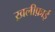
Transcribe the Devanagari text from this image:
ख़लीफ़ाई